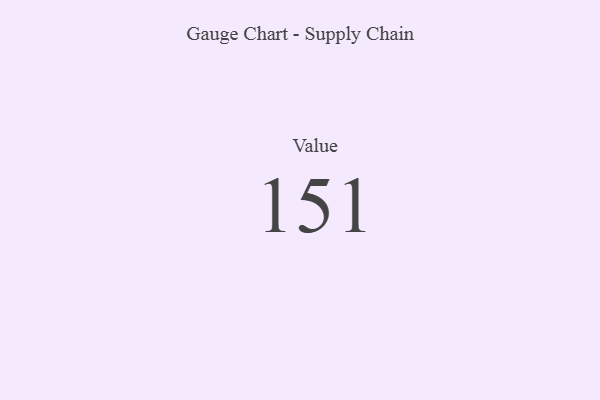
{"axis": {"x": "Metric", "y": "Value"}, "legend": [""], "data": [{"x": "Value", "y": 151, "type": ""}]}